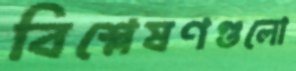
বিশ্লেষণগুলো